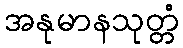
အနုမာနသုတ္တံ